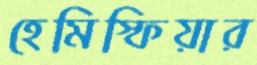
হেমিস্ফিয়ার